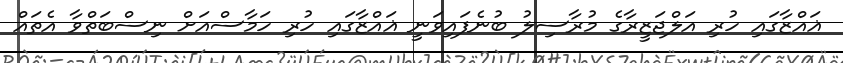
ޣައްޒާގައި ހުރި އަލްޖަޒީރާގެ މުރާސިލު ބުނެފައިވަނީ ޣައްޒާގައި ހުރި ހަމާސްއަށް ނިސްބަތްވާ އެތައް